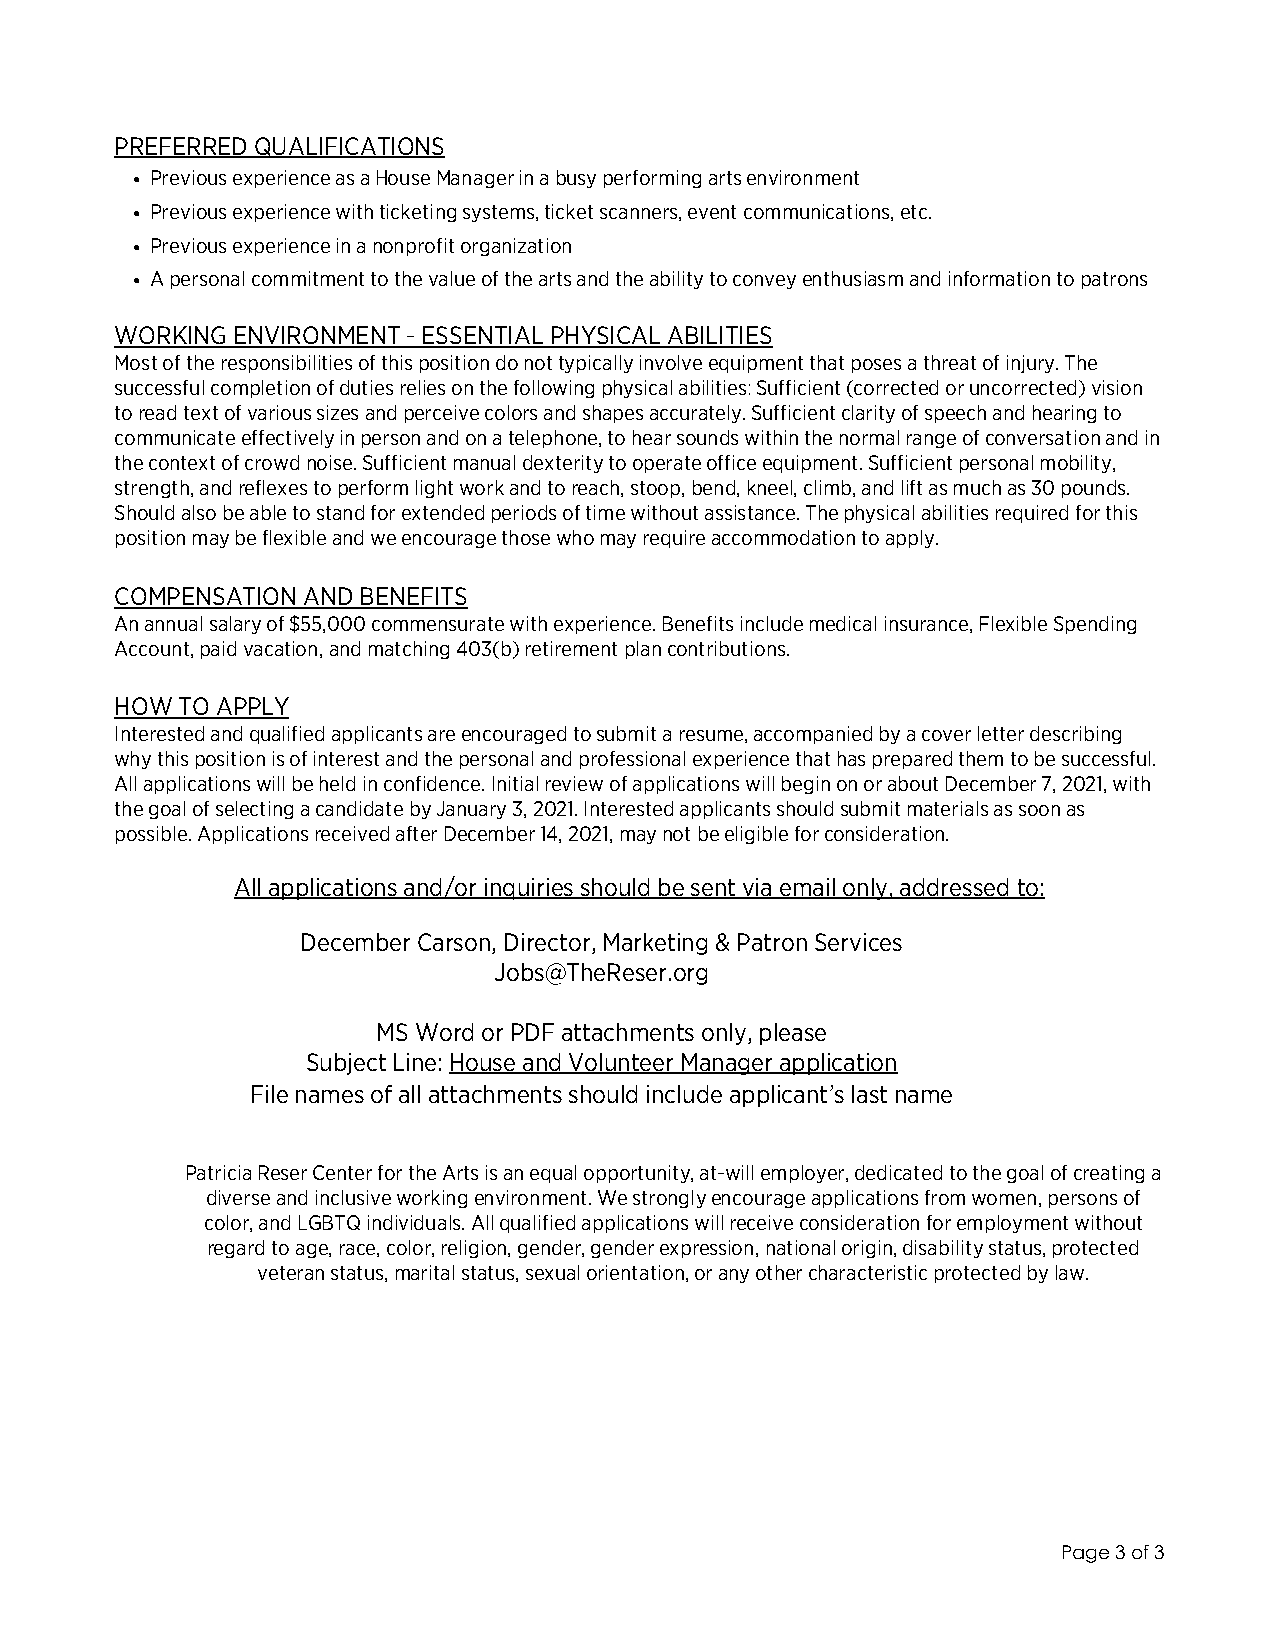
PREFERRED QUALIFICATIONS
 ! Previous experience as a House Manager in a busy performing arts environment
 ! Previous experience with ticketing systems, ticket scanners, event communications, etc.
 ! Previous experience in a nonprofit organization
 ! A personal commitment to the value of the arts and the ability to convey enthusiasm and information to patrons
 WORKING ENVIRONMENT - ESSENTIAL PHYSICAL ABILITIES
 Most of the responsibilities of this position do not typically involve equipment that poses a threat of injury. The
 successful completion of duties relies on the following physical abilities: Sufficient (corrected or uncorrected) vision
 to read text of various sizes and perceive colors and shapes accurately. Sufficient clarity of speech and hearing to
 communicate effectively in person and on a telephone, to hear sounds within the normal range of conversation and in
 the context of crowd noise. Sufficient manual dexterity to operate office equipment. Sufficient personal mobility,
 strength, and reflexes to perform light work and to reach, stoop, bend, kneel, climb, and lift as much as 30 pounds.
 Should also be able to stand for extended periods of time without assistance. The physical abilities required for this
 position may be flexible and we encourage those who may require accommodation to apply.
 COMPENSATION AND BENEFITS
 An annual salary of $55,000 commensurate with experience. Benefits include medical insurance, Flexible Spending
 Account, paid vacation, and matching 403(b) retirement plan contributions.
 HOW TO APPLY
 Interested and qualified applicants are encouraged to submit a resume, accompanied by a cover letter describing
 why this position is of interest and the personal and professional experience that has prepared them to be successful.
 All applications will be held in confidence. Initial review of applications will begin on or about December 7, 2021, with
 the goal of selecting a candidate by January 3, 2021. Interested applicants should submit materials as soon as
 possible. Applications received after December 14, 2021, may not be eligible for consideration.
 All applications and/or inquiries should be sent via email only, addressed to:
 December Carson, Director, Marketing & Patron Services
 Jobs@TheReser.org
 MS Word or PDF attachments only, please
 Subject Line: House and Volunteer Manager application
 File names of all attachments should include applicant"s last name
 Patricia Reser Center for the Arts is an equal opportunity, at-will employer, dedicated to the goal of creating a
 diverse and inclusive working environment. We strongly encourage applications from women, persons of
 color, and LGBTQ individuals. All qualified applications will receive consideration for employment without
 regard to age, race, color, religion, gender, gender expression, national origin, disability status, protected
 veteran status, marital status, sexual orientation, or any other characteristic protected by law.
 Page 3 of 3